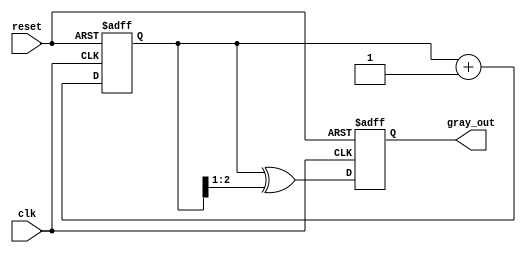
module GrayCodeCounter #(
    parameter n = 3   // Number of bits in the Gray code counter
)(
    input wire clk,     // Clock signal
    input wire reset,   // Asynchronous reset signal
    output reg [n-1:0] gray_out // n-bit Gray code output
);

    reg [n-1:0] binary_count; // Binary counter representation

    // Gray code conversion from binary
    function [n-1:0] binary_to_gray;
        input [n-1:0] binary;
        begin
            binary_to_gray = binary ^ (binary >> 1);
        end
    endfunction

    always @(posedge clk or posedge reset) begin
        if (reset) begin
            // Initialize to 0 on reset
            binary_count <= 0;
            gray_out <= binary_to_gray(0); // Initialize gray output
        end else begin
            // Increment binary counter
            binary_count <= binary_count + 1;

            // Wrap around if maximum state reached
            if (binary_count == (1 << n)) begin
                binary_count <= 0;
            end

            // Convert to Gray code
            gray_out <= binary_to_gray(binary_count);
        end
    end

endmodule